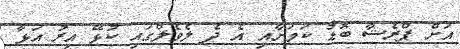
އަށް ޕްރެޝާ ބޮޑު ކަމަށާއި އެ ދެ ލެވެލްގައި ކުޅޭ އިރު އަޅާ